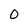
Character: 0